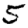
Digit: 5